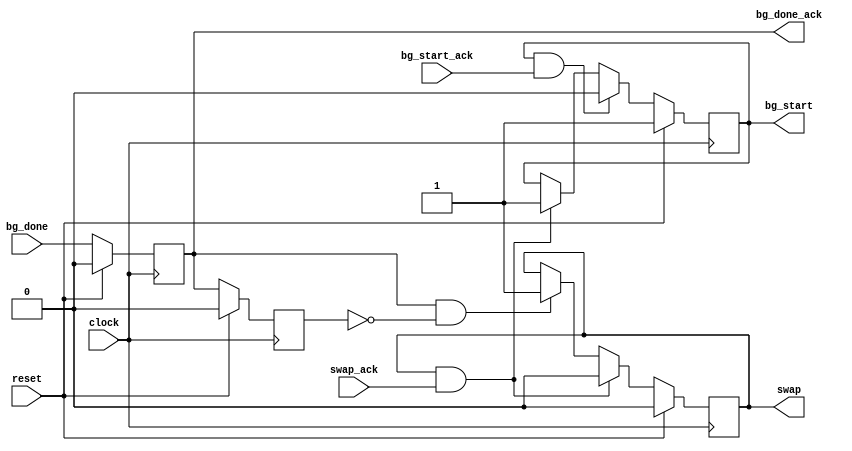
//==============================================================================
//  Copyright:  Copyright 2005-2014 UC Berkeley
//  Version: Updated for UC Berkeley CS150 Fall 2013 Course
//==============================================================================

//==============================================================================
//  Section:  License
//==============================================================================
//  Copyright (c) 2005-2014, Regents of the University of California
//  All rights reserved.
//
//  Redistribution and use in source and binary forms, with or without
//  modification, are permitted provided that the following conditions are met:
//
//    - Redistributions of source code must retain the above copyright notice,
//      this list of conditions and the following disclaimer.
//    - Redistributions in binary form must reproduce the above copyright
//      notice, this list of conditions and the following disclaimer
//      in the documentation and/or other materials provided with the
//      distribution.
//    - Neither the name of the University of California, Berkeley nor the
//      names of its contributors may be used to endorse or promote
//      products derived from this software without specific prior
//      written permission.
//
//  THIS SOFTWARE IS PROVIDED BY THE COPYRIGHT HOLDERS AND CONTRIBUTORS "AS IS"
//  AND ANY EXPRESS OR IMPLIED WARRANTIES, INCLUDING, BUT NOT LIMITED TO, THE 
//  IMPLIED WARRANTIES OF MERCHANTABILITY AND FITNESS FOR A PARTICULAR PURPOSE
//  ARE DISCLAIMED. IN NO EVENT SHALL THE COPYRIGHT OWNER OR CONTRIBUTORS BE 
//  LIABLE FOR ANY DIRECT, INDIRECT, INCIDENTAL, SPECIAL, EXEMPLARY, OR 
//  CONSEQUENTIAL DAMAGES (INCLUDING, BUT NOT LIMITED TO, PROCUREMENT OF 
//  SUBSTITUTE GOODS OR SERVICES; LOSS OF USE, DATA, OR PROFITS; OR BUSINESS 
//  INTERRUPTION) HOWEVER CAUSED AND ON ANY THEORY OF LIABILITY, WHETHER IN 
//  CONTRACT, STRICT LIABILITY, OR TORT (INCLUDING NEGLIGENCE OR OTHERWISE) 
//  ARISING IN ANY WAY OUT OF THE USE OF THIS SOFTWARE, EVEN IF ADVISED OF THE 
//  POSSIBILITY OF SUCH DAMAGE.
//
//==============================================================================

//------------------------------------------------------------------------------
//  Module: SwapController
//
//  Desc: Coordinates double-buffer frame swap between video source and DVI
//    output. Makes no assumptions about clock domains of input and output
//    modules.
//
//  Params: None
//------------------------------------------------------------------------------

module SwapController(
  input clock,
  input reset,

  output reg swap,
  input swap_ack,

  output reg bg_start,
  input bg_start_ack,

  input bg_done,
  output reg bg_done_ack);

reg bg_done_ack_r;

wire bg_done_edge;
assign bg_done_edge = bg_done_ack & ~bg_done_ack_r;

always @(posedge clock) begin
  if(reset) begin
    swap <= 1'b0;
    bg_start <= 1'b1;
    bg_done_ack <= 1'b0;
    bg_done_ack_r <= 1'b0;
  end else begin
    if(bg_start & bg_start_ack)
      bg_start <= 1'b0;
    else if(swap & swap_ack)
      bg_start <= 1'b1;

    // Synchronize ack
    bg_done_ack <= bg_done;
    bg_done_ack_r <= bg_done_ack;

    if(swap & swap_ack)
      swap <= 1'b0;
    else if (bg_done_edge)
      swap <= 1'b1;

  end
end

endmodule